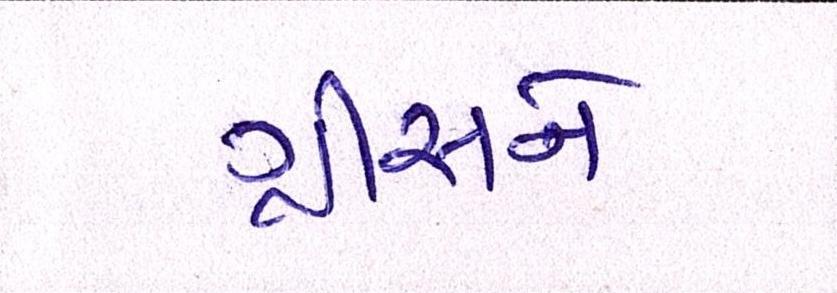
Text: ગ્રીસને